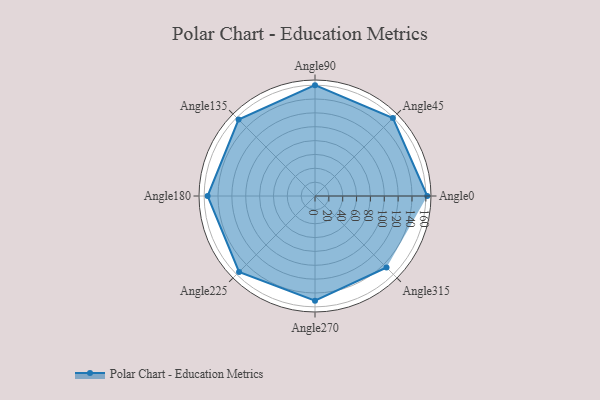
{"axis": {"x": "Angle", "y": "Radius"}, "legend": [""], "data": [{"x": "Angle0", "y": 162.0, "type": ""}, {"x": "Angle45", "y": 159.0, "type": ""}, {"x": "Angle90", "y": 160.0, "type": ""}, {"x": "Angle135", "y": 156.0, "type": ""}, {"x": "Angle180", "y": 155.0, "type": ""}, {"x": "Angle225", "y": 155.0, "type": ""}, {"x": "Angle270", "y": 151.0, "type": ""}, {"x": "Angle315", "y": 146.0, "type": ""}]}